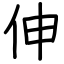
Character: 伸